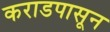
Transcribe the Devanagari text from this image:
कराडपासून